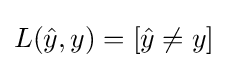
L({\hat {y}},y)=\left[{\hat {y}}\neq y\right]